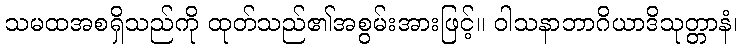
သမထအစရှိသည်ကို ထုတ်သည်၏အစွမ်းအားဖြင့်။ ဝါသနာဘာဂိယာဒိသုတ္တာနံ၊